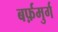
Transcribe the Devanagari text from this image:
बर्फ़मुर्ग